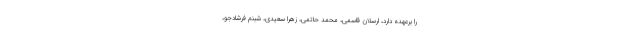
را برعهده دارد، ارسلان قاسمی، محمد حاتمی، زهرا سعیدی، شبنم فرشادجو،